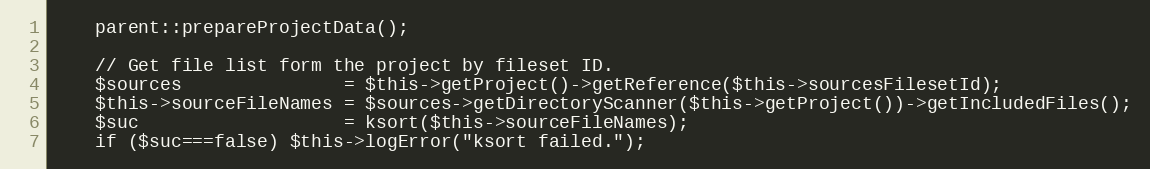
Language: PHP
    parent::prepareProjectData();

    // Get file list form the project by fileset ID.
    $sources               = $this->getProject()->getReference($this->sourcesFilesetId);
    $this->sourceFileNames = $sources->getDirectoryScanner($this->getProject())->getIncludedFiles();
    $suc                   = ksort($this->sourceFileNames);
    if ($suc===false) $this->logError("ksort failed.");